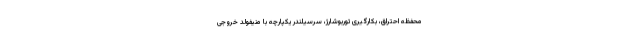
محفظه احتراق، بکارگیری توربوشارژ، سرسیلندر یکپارچه با منیفولد خروجی